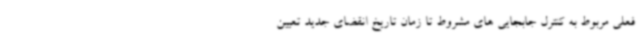
فعلی مربوط به کنترل جابجایی های مشروط تا زمان تاریخ انقضای جدید تعیین